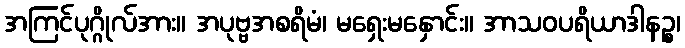
အကြင်ပုဂ္ဂိုလ်အား။ အပုဗ္ဗအစရိမံ၊ မရှေးမနှောင်း။ အာသဝပရိယာဒါနဉ္စ၊